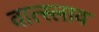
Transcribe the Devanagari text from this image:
वात्स्लाव